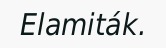
Elamiták.